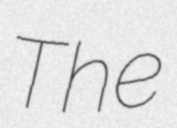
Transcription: The